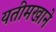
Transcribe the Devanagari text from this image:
यतीमखाने